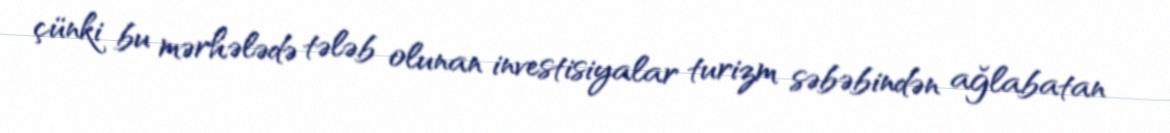
çünki bu mərhələdə tələb olunan investisiyalar turizm səbəbindən ağlabatan